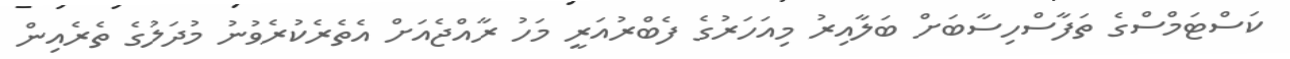
ކަސްޓަމްސްގެ ތަފާސްހިސާބަށް ބަލާއިރު މިއަހަރުގެ ފެބްރުއަރީ މަހު ރާއްޖެއަށް އެތެރެކުރެވުނު މުދަލުގެ ތެރެއިން